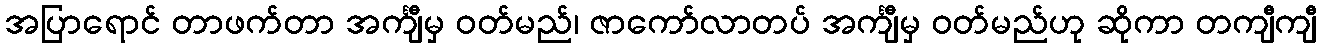
အပြာရောင် တာဖက်တာ အင်္ကျီမှ ဝတ်မည်၊ ဇာကော်လာတပ် အင်္ကျီမှ ဝတ်မည်ဟု ဆိုကာ တကျီကျီ